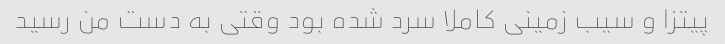
پیتزا و سیب زمینی کاملا سرد شده بود وقتی به دست من رسید